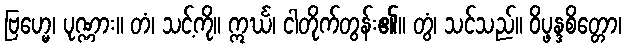
ဗြဟ္မေ၊ ပုဏ္ဏား။ တံ၊ သင့်ကို။ ဣင်္ဃ၊ ငါတိုက်တွန်း၏။ တွံ၊ သင်သည်။ ဝိပ္ဖန္ဒစိတ္တော၊